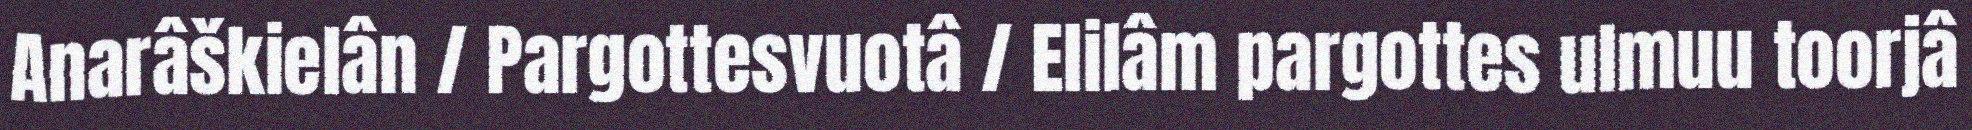
Anarâškielân / Pargottesvuotâ / Elilâm pargottes ulmuu toorjâ